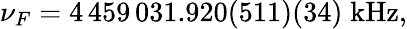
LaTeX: \nu_{F}=4\, 459\, 031.920(511)(34)\; \mathrm{kHz},